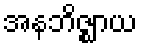
အနဘိဇ္ဈာယ